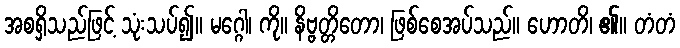
အစရှိသည်ဖြင့် သုံးသပ်၍။ မဂ္ဂေါ၊ ကို။ နိဗ္ဗတ္တိတော၊ ဖြစ်စေအပ်သည်။ ဟောတိ၊ ၏။ တံတံ